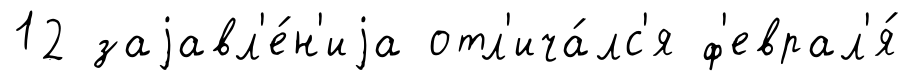
12 заjавл'е́н'иjа отл'ича́лс'я ф'еврал'я́